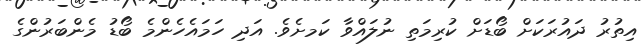
އިތުރު ދައުރަކަށް ބޯޑަށް ކުރިމަތި ނުލައްވާ ކަަމށެވެ. އަދި ހަމައެހެންމެ ބޯޑު މެންބަރުންގެ